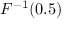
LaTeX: F ^ { - 1 } ( 0 . 5 )